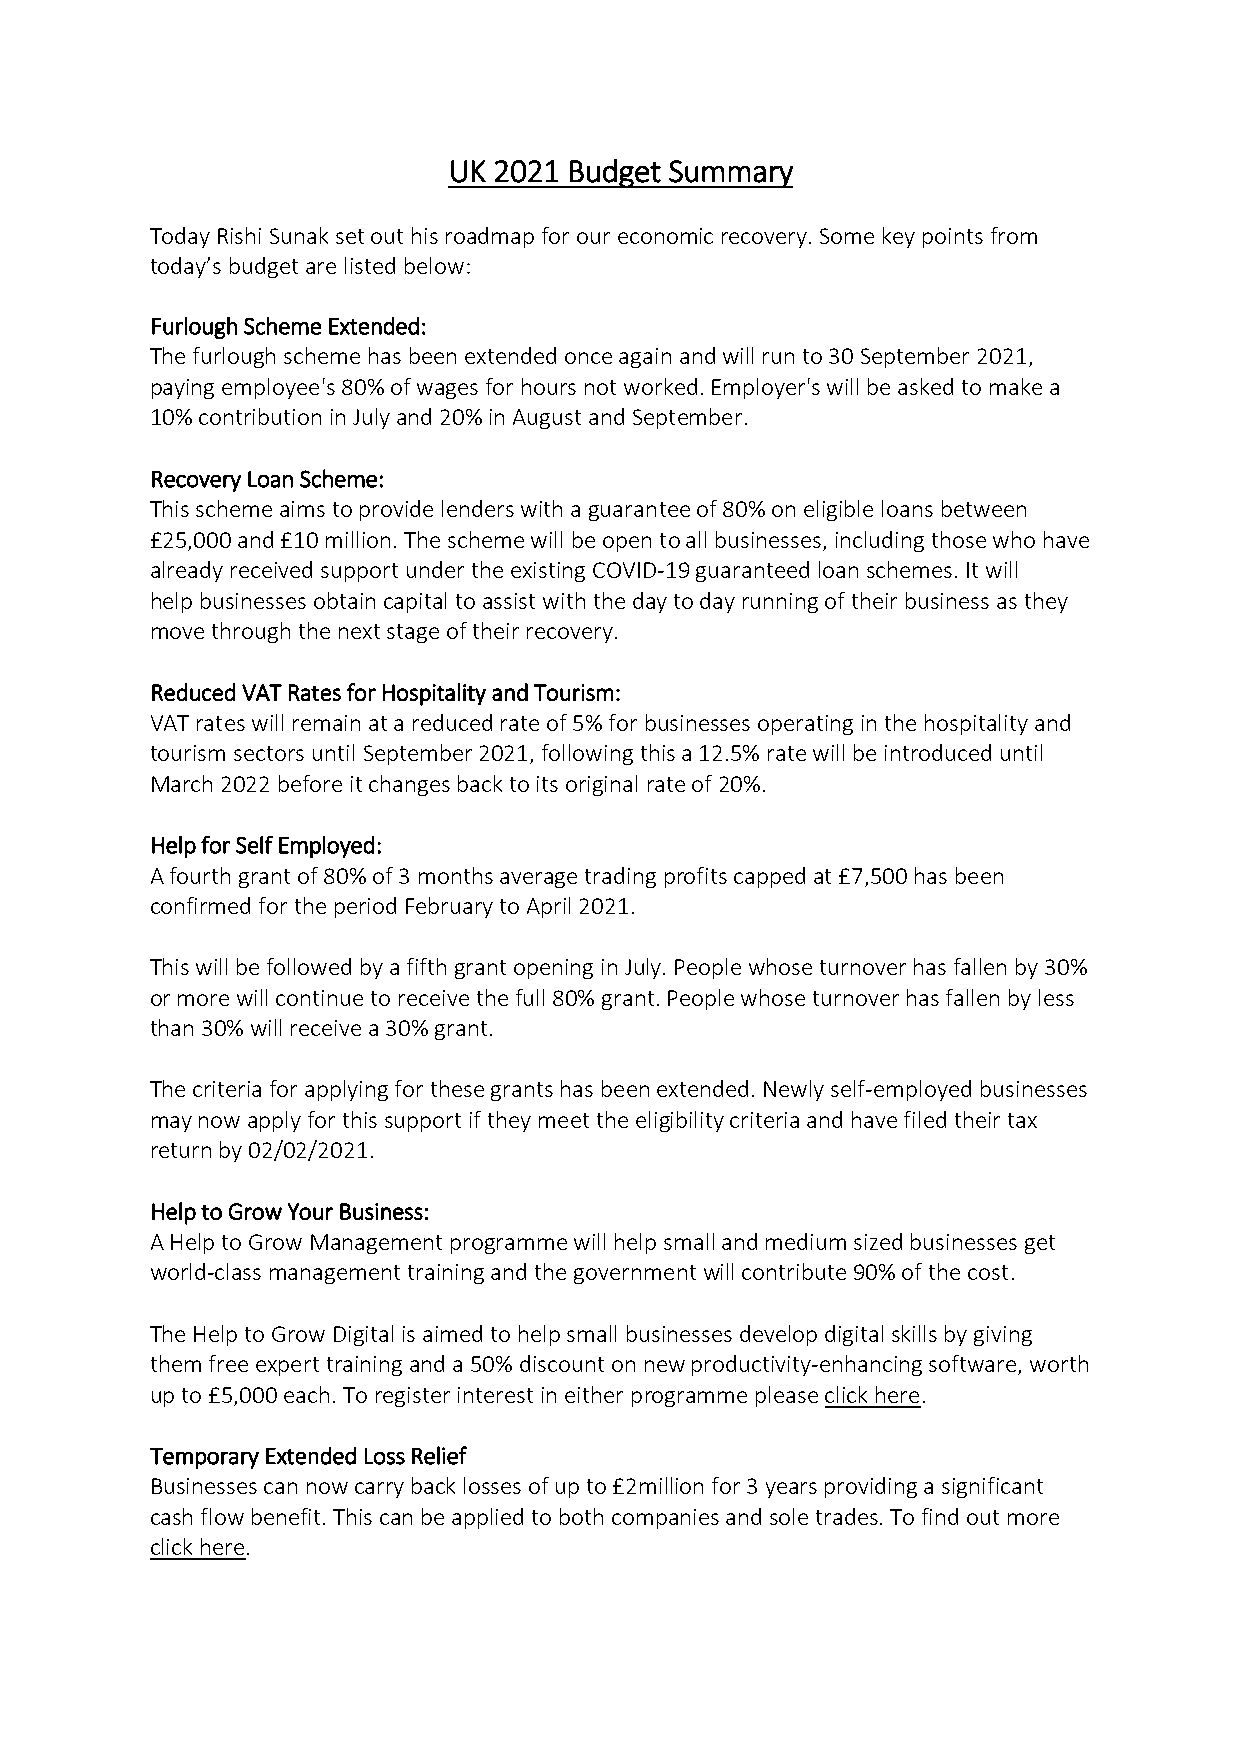
UK 2021 Budget Summary
 Today Rishi Sunak set out his roadmap for our economic recovery. Some key points from
 today’s budget are listed below:
 Furlough Scheme Extended:
 The furlough scheme has been extended once again and will run to 30 September 2021,
 paying employee's 80% of wages for hours not worked. Employer's will be asked to make a
 10% contribution in July and 20% in August and September.
 Recovery Loan Scheme:
 This scheme aims to provide lenders with a guarantee of 80% on eligible loans between
 £25,000 and £10 million. The scheme will be open to all businesses, including those who have
 already received support under the existing COVID-19 guaranteed loan schemes. It will
 help businesses obtain capital to assist with the day to day running of their business as they
 move through the next stage of their recovery.
 Reduced VAT Rates for Hospitality and Tourism:
 VAT rates will remain at a reduced rate of 5% for businesses operating in the hospitality and
 tourism sectors until September 2021, following this a 12.5% rate will be introduced until
 March 2022 before it changes back to its original rate of 20%.
 Help for Self Employed:
 A fourth grant of 80% of 3 months average trading profits capped at £7,500 has been
 confirmed for the period February to April 2021.
 This will be followed by a fifth grant opening in July. People whose turnover has fallen by 30%
 or more will continue to receive the full 80% grant. People whose turnover has fallen by less
 than 30% will receive a 30% grant.
 The criteria for applying for these grants has been extended. Newly self-employed businesses
 may now apply for this support if they meet the eligibility criteria and have filed their tax
 return by 02/02/2021.
 Help to Grow Your Business:
 A Help to Grow Management programme will help small and medium sized businesses get
 world-class management training and the government will contribute 90% of the cost.
 The Help to Grow Digital is aimed to help small businesses develop digital skills by giving
 them free expert training and a 50% discount on new productivity-enhancing software, worth
 up to £5,000 each. To register interest in either programme please click here.
 Temporary Extended Loss Relief
 Businesses can now carry back losses of up to £2million for 3 years providing a significant
 cash flow benefit. This can be applied to both companies and sole trades. To find out more
 click here.